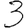
Digit: 3